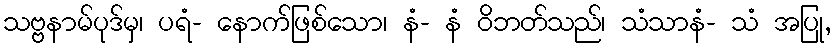
သဗ္ဗနာမ်ပုဒ်မှ၊ ပရံ- နောက်ဖြစ်သော၊ နံ- နံ ဝိဘတ်သည်၊ သံသာနံ- သံ အပြု,